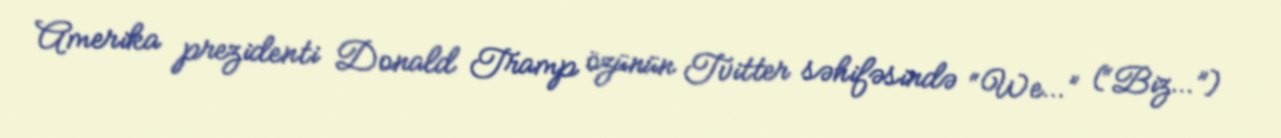
Amerika prezidenti Donald Tramp özünün Tvitter səhifəsində “We…” (“Biz…”)